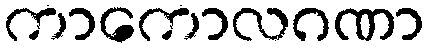
ကာကောလဂဏာ